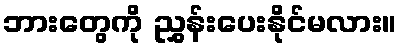
ဘားတွေကို ညွှန်းပေးနိုင်မလား။